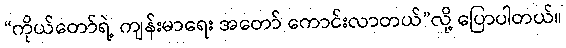
“ကိုယ်တော်ရဲ့ ကျန်းမာရေး အတော် ကောင်းလာတယ်”လို့ ပြောပါတယ်။